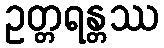
ဥတ္တရန္တဿ